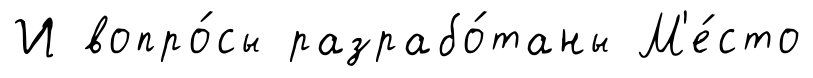
И вопро́сы разрабо́таны М'е́сто